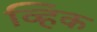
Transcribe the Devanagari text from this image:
व्हिक